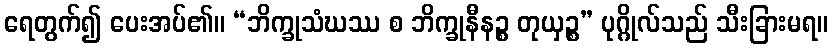
ရေတွက်၍ ပေးအပ်၏။ “ဘိက္ခုသံဃဿ စ ဘိက္ခုနီနဉ္စ တုယှဉ္စ” ပုဂ္ဂိုလ်သည် သီးခြားမရ။